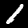
Label: 1